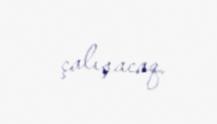
çalışacaq.